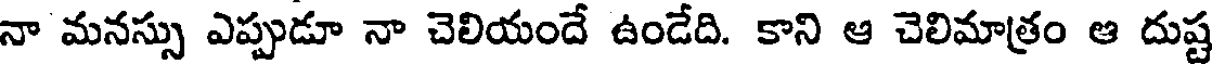
నా మనస్సు ఎప్పుడూ నా చెలియందే ఉండేది. కాని ఆ చెలిమాత్రం ఆ దుష్ట